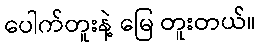
ပေါက်တူးနဲ့ မြေ တူးတယ်။